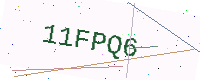
Text: 11FPQ6